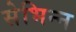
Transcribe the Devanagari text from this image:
सेभिन्न